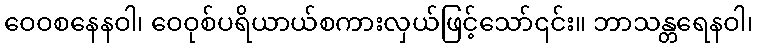
ဝေဝစနေနဝါ၊ ဝေဝုစ်ပရိယာယ်စကားလှယ်ဖြင့်သော်၎င်း။ ဘာသန္တရေနဝါ၊